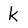
Character: k